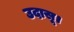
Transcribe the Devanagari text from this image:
उदासू।